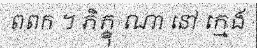
ពពក ។ ភិក្ខុ ណា នៅ ក្មេង